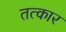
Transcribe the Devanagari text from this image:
तत्कार